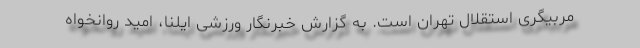
مربیگری استقلال تهران است. به گزارش خبرنگار ورزشی ایلنا، امید روانخواه